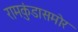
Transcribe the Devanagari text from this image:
रामकुंडासमोर